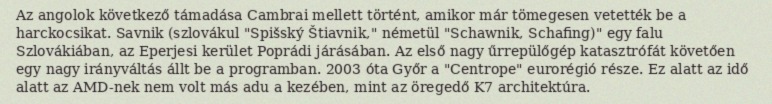
Az angolok következő támadása Cambrai mellett történt, amikor már tömegesen vetették be a harckocsikat. Savnik (szlovákul "Spišský Štiavnik," németül "Schawnik, Schafing)" egy falu Szlovákiában, az Eperjesi kerület Poprádi járásában. Az első nagy űrrepülőgép katasztrófát követően egy nagy irányváltás állt be a programban. 2003 óta Győr a "Centrope" eurorégió része. Ez alatt az idő alatt az AMD-nek nem volt más adu a kezében, mint az öregedő K7 architektúra.